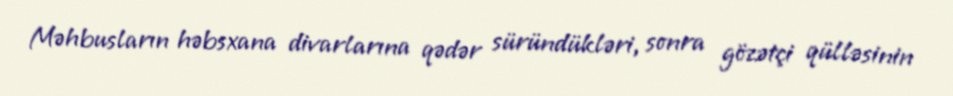
Məhbusların həbsxana divarlarına qədər süründükləri, sonra gözətçi qülləsinin